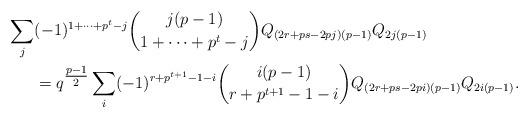
LaTeX: \begin{align*}\sum_j &(-1)^{1+\dots+p^t-j} \binom{j(p-1)}{1+\dots+p^t-j}Q_{(2r+ps-2pj)(p-1)}Q_{2j(p-1)}\\&=q^{\tfrac{p-1}{2}}\sum_i (-1)^{r+p^{t+1}-1-i}\binom{i(p-1)}{r+p^{t+1}-1-i}Q_{(2r+ps-2pi)(p-1)}Q_{2i(p-1)}.\end{align*}